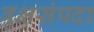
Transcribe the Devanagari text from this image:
वृक्षसंपदा